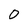
Character: 0